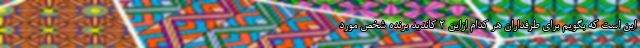
این است که بگویم برای طرفداران هر کدام ازاین 2 کاندید برنده شخص مورد